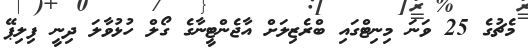
މެޗުގެ 25 ވަނަ މިނިޓްގައި ބްރެޒިލަށް އާޖެންޓީނާގެ ގޯލް ހުޅުވާލަ ދިނީ ފިލިޕޭ